Vabadussoja_Ajaloo_Komitee, lk 10
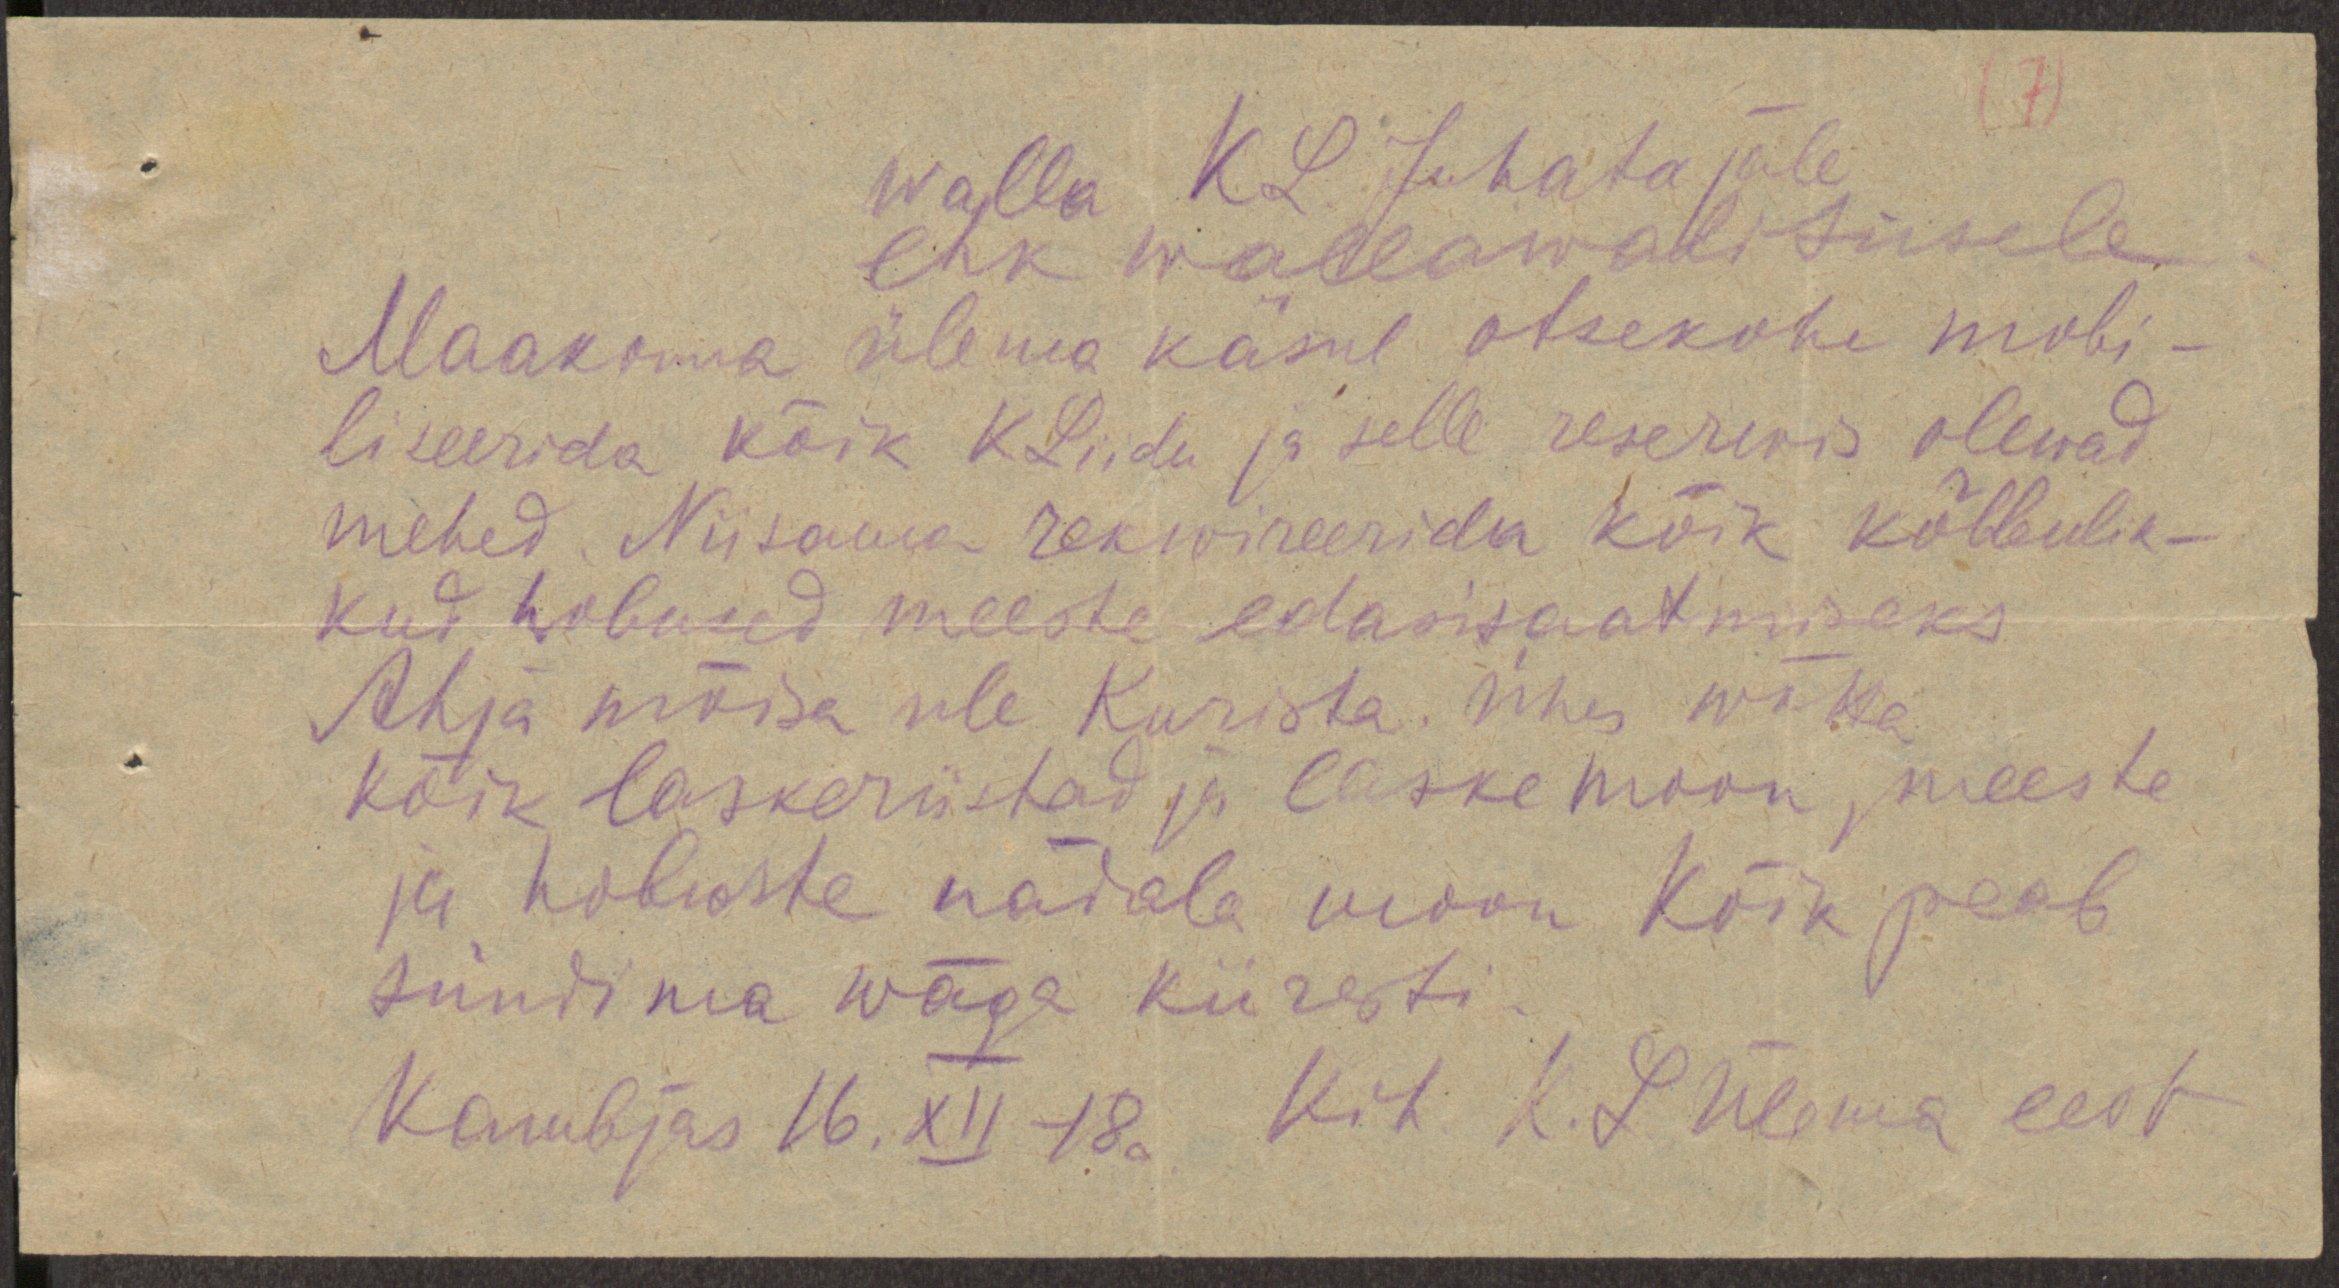
(7)
walla KL. juhatajale
ehk wallawalitsusele.
Maakonna ülema käsul otsekohe mobi-
liseerida kõik KLiidu ja selle reservis olewad
mehed. Niisama rekwireerida kõik kõlbulik-
kud hobused meeste edasisaatmiseks
Ahja mõisa üle Kurista. Ühes wõtta
kõik laskeriistad ja laskemoon, meeste
ja hobuste nädala moon kõik peab.
sündima wäga kiiresti
Kambjas 16. XII 18a. Kih K. L. ülema eest